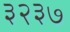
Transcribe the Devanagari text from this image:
३२३७